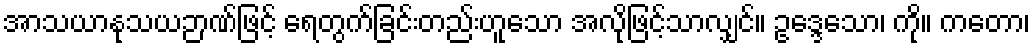
အာသယာနုသယဉာဏ်ဖြင့် ရေတွက်ခြင်းတည်းဟူသော အလိုဖြင့်သာလျှင်။ ဥဒ္ဒေသော၊ ကို။ ကတော၊